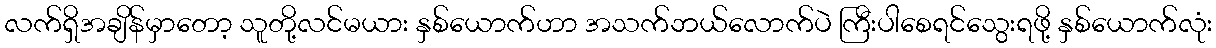
လက်ရှိအချိန်မှာတော့ သူတို့လင်မယား နှစ်ယောက်ဟာ အသက်ဘယ်လောက်ပဲ ကြီးပါစေရင်သွေးရဖို့ နှစ်ယောက်လုံး